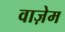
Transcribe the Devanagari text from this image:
वाज़ेम